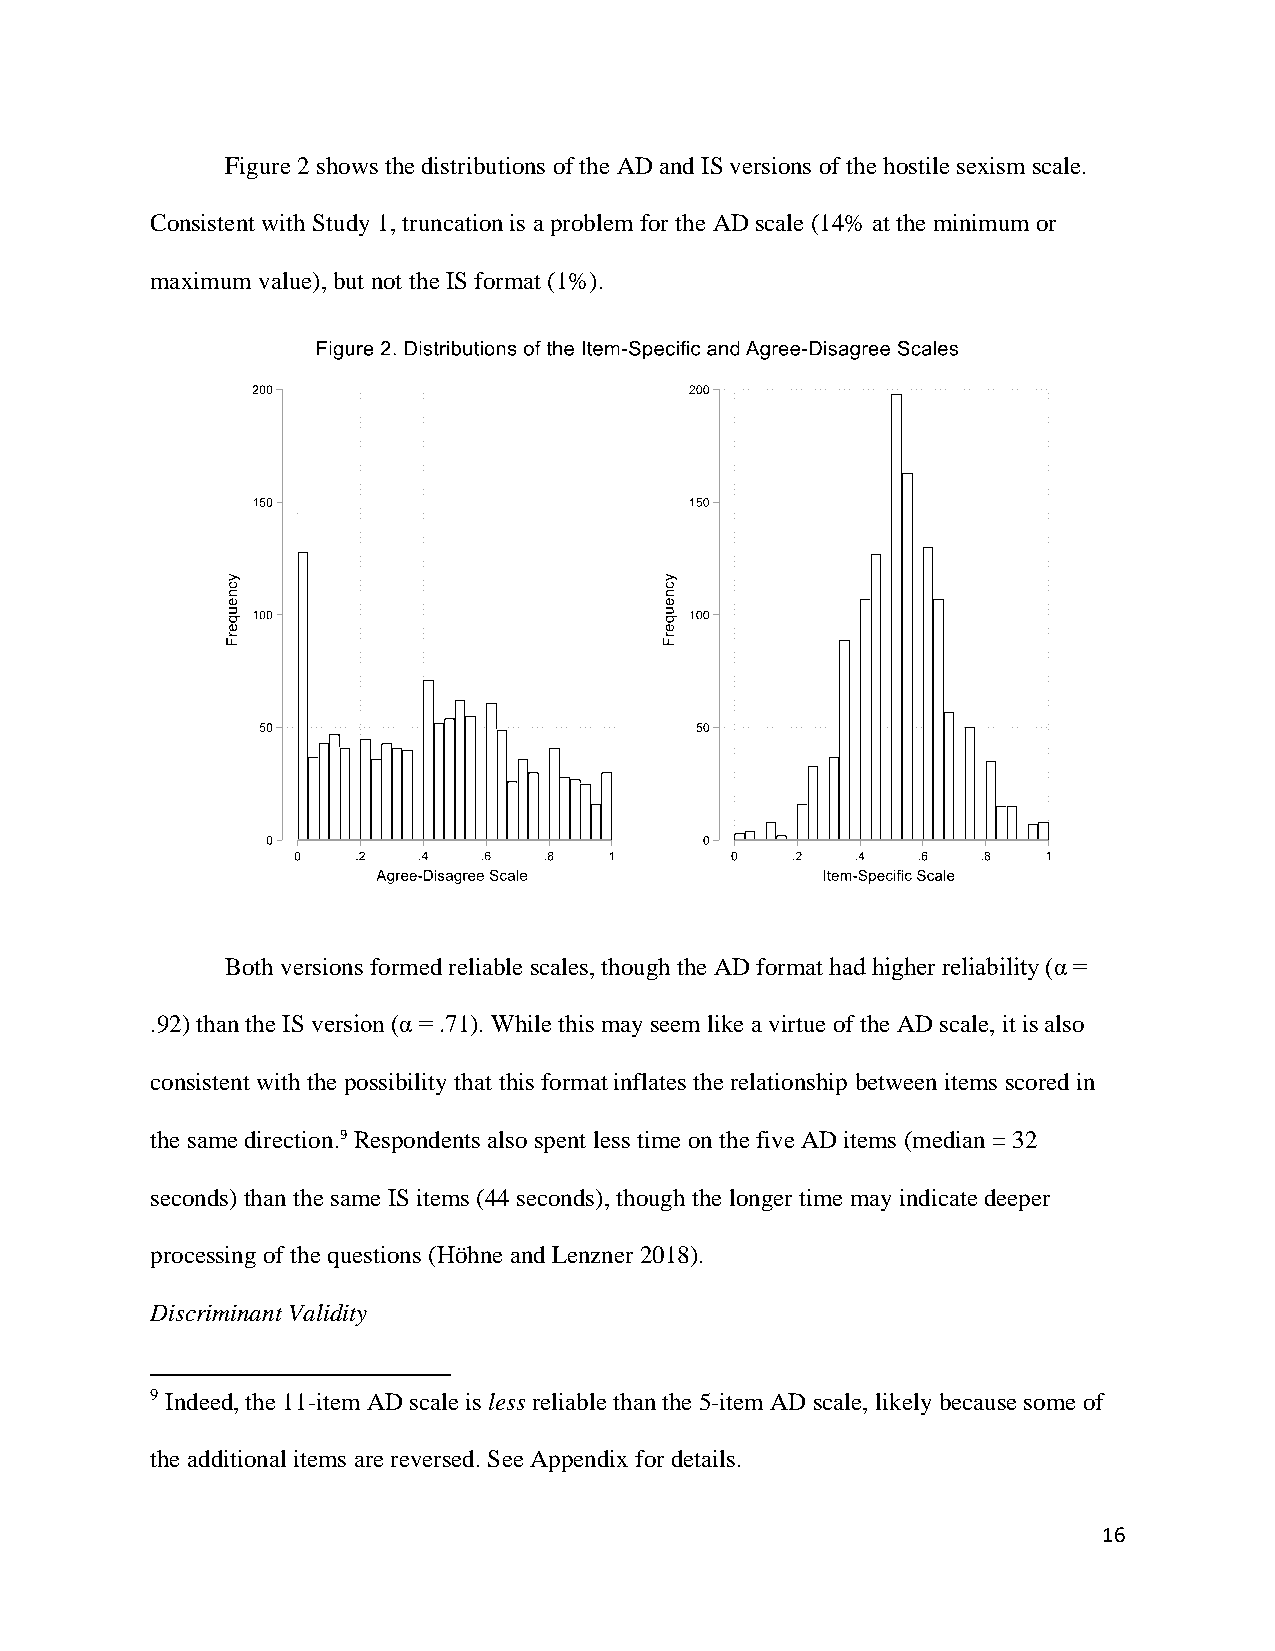
Figure 2 shows the distributions of the AD and IS versions of the hostile sexism scale.
 Consistent with Study 1, truncation is a problem for the AD scale (14% at the minimum or
 maximum value), but not the IS format (1%).
 Both versions formed reliable scales, though the AD format had higher reliability (α =
 .92) than the IS version (α = .71). While this may seem like a virtue of the AD scale, it is also
 consistent with the possibility that this format inflates the relationship between items scored in
 the same direction.9 Respondents also spent less time on the five AD items (median = 32
 seconds) than the same IS items (44 seconds), though the longer time may indicate deeper
 processing of the questions (Höhne and Lenzner 2018).
 Discriminant Validity
 9 Indeed, the 11-item AD scale is less reliable than the 5-item AD scale, likely because some of
 the additional items are reversed. See Appendix for details.
 16